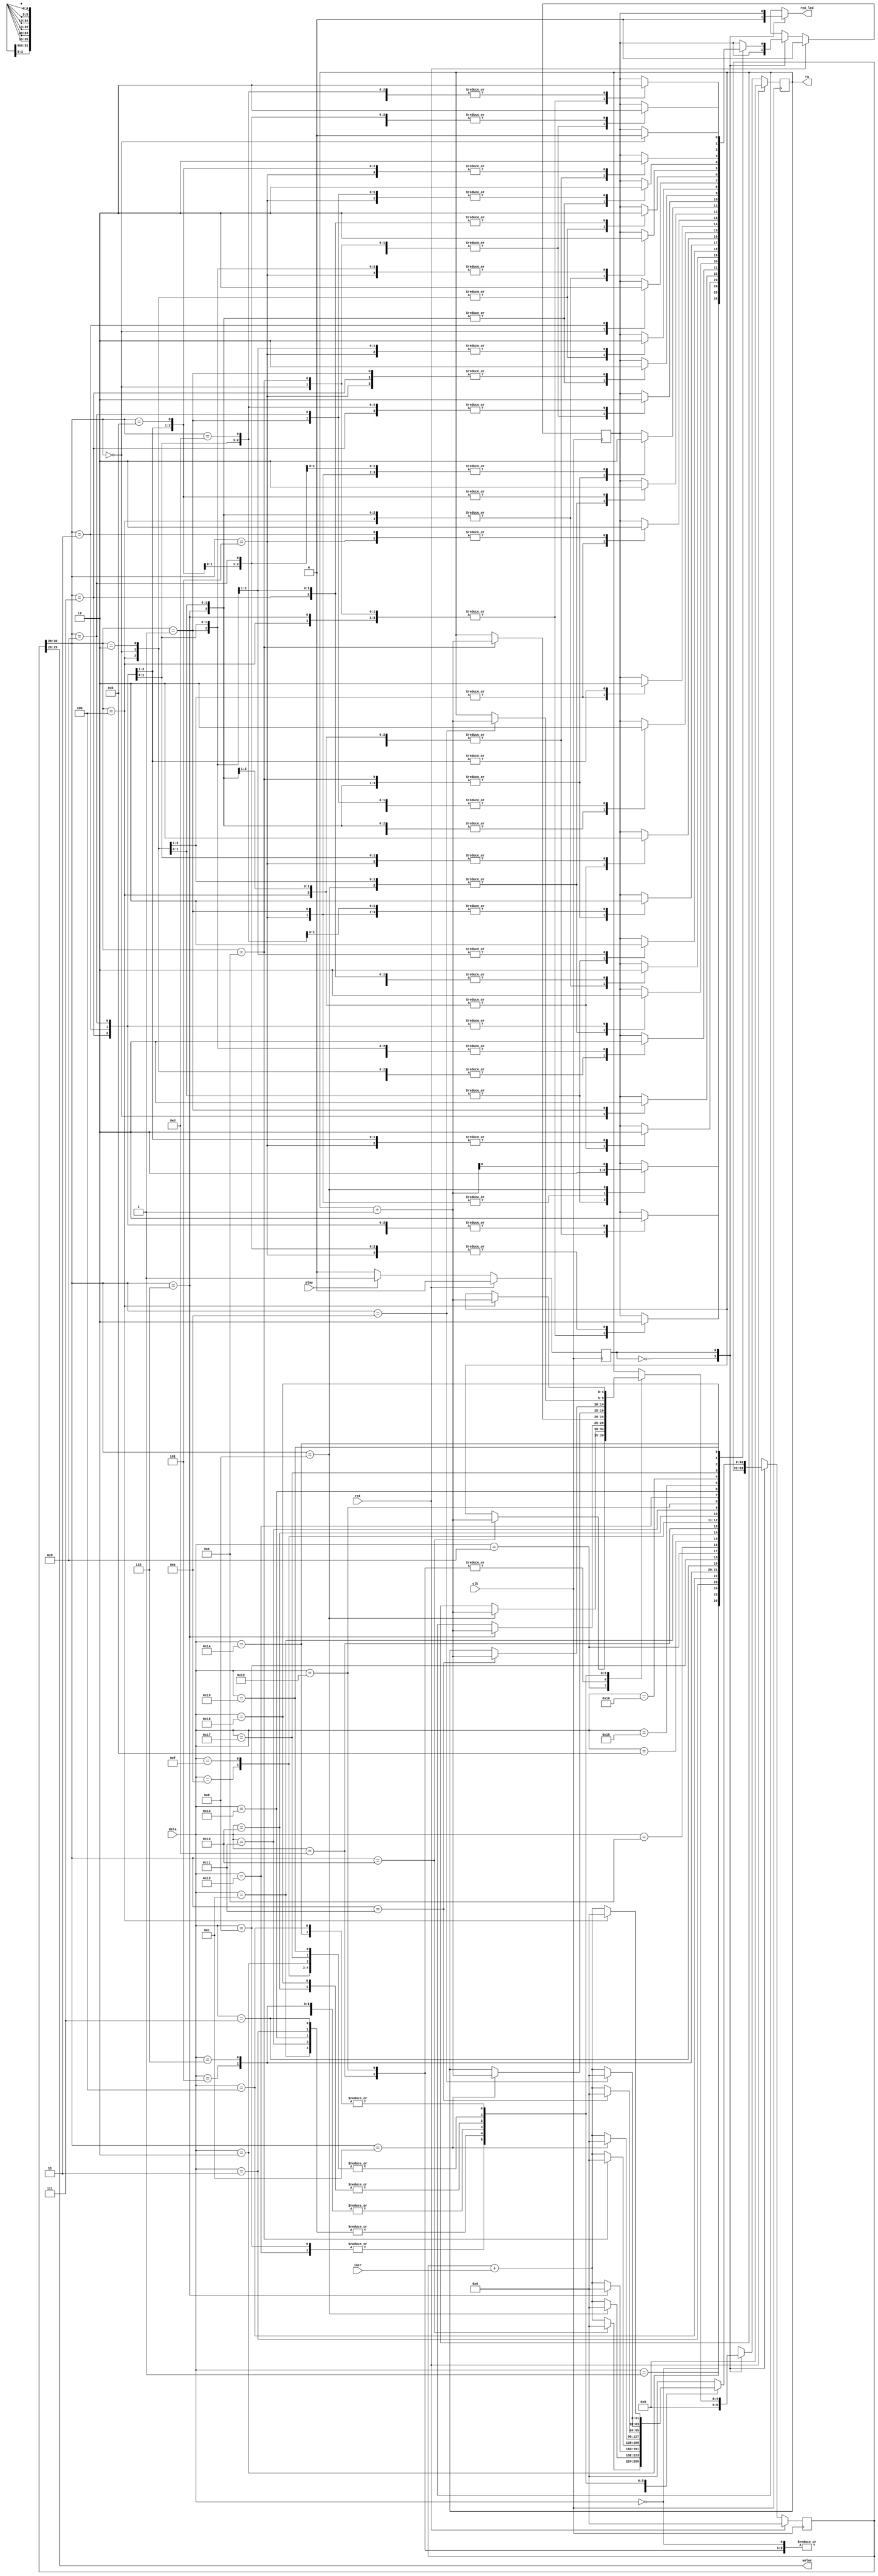
/*
   This file was generated automatically by the Mojo IDE version B1.3.6.
   Do not edit this file directly. Instead edit the original Lucid source.
   This is a temporary file and any changes made to it will be destroyed.
*/

module displaymorse_5 (
    input [4:0] data,
    input [0:0] play,
    input clk,
    input rst,
    input [25:0] incr,
    output reg red_led,
    output reg [4:0] ra,
    output reg [3:0] value
  );
  
  
  
  reg [31:0] M_tmr_d, M_tmr_q = 1'h0;
  reg [4:0] M_read_d, M_read_q = 1'h0;
  reg M_signal_d, M_signal_q = 1'h0;
  localparam IDLE_state = 1'd0;
  localparam PLAY_state = 1'd1;
  
  reg M_state_d, M_state_q = IDLE_state;
  
  always @* begin
    M_state_d = M_state_q;
    M_tmr_d = M_tmr_q;
    M_read_d = M_read_q;
    M_signal_d = M_signal_q;
    
    ra = M_read_q;
    red_led = M_signal_q;
    value = M_tmr_q[26+3-:4];
    
    case (M_state_q)
      IDLE_state: begin
        red_led = 1'h0;
        M_read_d = 1'h0;
        if (play == 1'h1) begin
          M_state_d = PLAY_state;
        end
      end
      PLAY_state: begin
        M_tmr_d = M_tmr_q + incr;
        if (play == 1'h0) begin
          M_state_d = IDLE_state;
        end
        
        case (data)
          5'h00: begin
            
            case (M_tmr_q[26+4-:5])
              4'h0: begin
                M_signal_d = 1'h1;
              end
              4'h1: begin
                M_signal_d = 1'h0;
              end
              4'h2: begin
                M_signal_d = 1'h1;
              end
              4'h5: begin
                M_signal_d = 1'h0;
              end
              4'h8: begin
                M_signal_d = M_read_q + 1'h1;
                M_tmr_d = 1'h0;
              end
            endcase
          end
          5'h01: begin
            
            case (M_tmr_q[26+4-:5])
              4'h0: begin
                M_signal_d = 1'h1;
              end
              4'h3: begin
                M_signal_d = 1'h0;
              end
              4'h4: begin
                M_signal_d = 1'h1;
              end
              4'h5: begin
                M_signal_d = 1'h0;
              end
              4'h6: begin
                M_signal_d = 1'h1;
              end
              4'h7: begin
                M_signal_d = 1'h0;
              end
              4'h8: begin
                M_signal_d = 1'h1;
              end
              4'h9: begin
                M_signal_d = 1'h0;
              end
              4'hc: begin
                M_read_d = M_read_q + 1'h1;
                M_tmr_d = 1'h0;
              end
            endcase
          end
          5'h02: begin
            
            case (M_tmr_q[26+4-:5])
              4'h0: begin
                M_signal_d = 1'h1;
              end
              4'h3: begin
                M_signal_d = 1'h0;
              end
              4'h4: begin
                M_signal_d = 1'h1;
              end
              4'h5: begin
                M_signal_d = 1'h0;
              end
              4'h6: begin
                M_signal_d = 1'h1;
              end
              4'h9: begin
                M_signal_d = 1'h0;
              end
              4'ha: begin
                M_signal_d = 1'h1;
              end
              4'hb: begin
                M_signal_d = 1'h0;
              end
              4'he: begin
                M_read_d = M_read_q + 1'h1;
                M_tmr_d = 1'h0;
              end
            endcase
          end
          5'h03: begin
            
            case (M_tmr_q[26+4-:5])
              4'h0: begin
                M_signal_d = 1'h1;
              end
              4'h3: begin
                M_signal_d = 1'h0;
              end
              4'h4: begin
                M_signal_d = 1'h1;
              end
              4'h5: begin
                M_signal_d = 1'h0;
              end
              4'h6: begin
                M_signal_d = 1'h1;
              end
              4'h7: begin
                M_signal_d = 1'h0;
              end
              4'ha: begin
                M_read_d = M_read_q + 1'h1;
                M_tmr_d = 1'h0;
              end
            endcase
          end
          5'h04: begin
            
            case (M_tmr_q[26+4-:5])
              4'h0: begin
                M_signal_d = 1'h1;
              end
              4'h1: begin
                M_signal_d = 1'h0;
              end
              4'h4: begin
                M_read_d = M_read_q + 1'h1;
                M_tmr_d = 1'h0;
              end
            endcase
          end
          5'h05: begin
            
            case (M_tmr_q[26+4-:5])
              4'h0: begin
                M_signal_d = 1'h1;
              end
              4'h1: begin
                M_signal_d = 1'h0;
              end
              4'h2: begin
                M_signal_d = 1'h1;
              end
              4'h3: begin
                M_signal_d = 1'h0;
              end
              4'h4: begin
                M_signal_d = 1'h1;
              end
              4'h7: begin
                M_signal_d = 1'h0;
              end
              4'h8: begin
                M_signal_d = 1'h1;
              end
              4'h9: begin
                M_signal_d = 1'h0;
              end
              4'hc: begin
                M_read_d = M_read_q + 1'h1;
                M_tmr_d = 1'h0;
              end
            endcase
          end
          5'h06: begin
            
            case (M_tmr_q[26+4-:5])
              4'h0: begin
                M_signal_d = 1'h1;
              end
              4'h3: begin
                M_signal_d = 1'h0;
              end
              4'h4: begin
                M_signal_d = 1'h1;
              end
              4'h7: begin
                M_signal_d = 1'h0;
              end
              4'h8: begin
                M_signal_d = 1'h1;
              end
              4'h9: begin
                M_signal_d = 1'h0;
              end
              4'hc: begin
                M_read_d = M_read_q + 1'h1;
                M_tmr_d = 1'h0;
              end
            endcase
          end
          5'h07: begin
            
            case (M_tmr_q[26+4-:5])
              4'h0: begin
                M_signal_d = 1'h1;
              end
              4'h1: begin
                M_signal_d = 1'h0;
              end
              4'h2: begin
                M_signal_d = 1'h1;
              end
              4'h3: begin
                M_signal_d = 1'h0;
              end
              4'h4: begin
                M_signal_d = 1'h1;
              end
              4'h5: begin
                M_signal_d = 1'h0;
              end
              4'h6: begin
                M_signal_d = 1'h1;
              end
              4'h7: begin
                M_signal_d = 1'h0;
              end
              4'ha: begin
                M_read_d = M_read_q + 1'h1;
                M_tmr_d = 1'h0;
              end
            endcase
          end
          5'h08: begin
            
            case (M_tmr_q[26+4-:5])
              4'h0: begin
                M_signal_d = 1'h1;
              end
              4'h1: begin
                M_signal_d = 1'h0;
              end
              4'h2: begin
                M_signal_d = 1'h1;
              end
              4'h3: begin
                M_signal_d = 1'h0;
              end
              4'h6: begin
                M_read_d = M_read_q + 1'h1;
                M_tmr_d = 1'h0;
              end
            endcase
          end
          5'h09: begin
            
            case (M_tmr_q[26+4-:5])
              5'h00: begin
                M_signal_d = 1'h1;
              end
              5'h01: begin
                M_signal_d = 1'h0;
              end
              5'h02: begin
                M_signal_d = 1'h1;
              end
              5'h05: begin
                M_signal_d = 1'h0;
              end
              5'h06: begin
                M_signal_d = 1'h1;
              end
              5'h09: begin
                M_signal_d = 1'h0;
              end
              5'h0a: begin
                M_signal_d = 1'h1;
              end
              5'h0d: begin
                M_signal_d = 1'h0;
              end
              5'h10: begin
                M_read_d = M_read_q + 1'h1;
                M_tmr_d = 1'h0;
              end
            endcase
          end
          5'h0a: begin
            
            case (M_tmr_q[26+4-:5])
              4'h0: begin
                M_signal_d = 1'h1;
              end
              4'h3: begin
                M_signal_d = 1'h0;
              end
              4'h4: begin
                M_signal_d = 1'h1;
              end
              4'h5: begin
                M_signal_d = 1'h0;
              end
              4'h6: begin
                M_signal_d = 1'h1;
              end
              4'h9: begin
                M_signal_d = 1'h0;
              end
              4'hc: begin
                M_read_d = M_read_q + 1'h1;
                M_tmr_d = 1'h0;
              end
            endcase
          end
          5'h0b: begin
            
            case (M_tmr_q[26+4-:5])
              4'h0: begin
                M_signal_d = 1'h1;
              end
              4'h1: begin
                M_signal_d = 1'h0;
              end
              4'h2: begin
                M_signal_d = 1'h1;
              end
              4'h5: begin
                M_signal_d = 1'h0;
              end
              4'h6: begin
                M_signal_d = 1'h1;
              end
              4'h7: begin
                M_signal_d = 1'h0;
              end
              4'h8: begin
                M_signal_d = 1'h1;
              end
              4'h9: begin
                M_signal_d = 1'h0;
              end
              4'hc: begin
                M_read_d = M_read_q + 1'h1;
                M_tmr_d = 1'h0;
              end
            endcase
          end
          5'h0c: begin
            
            case (M_tmr_q[26+4-:5])
              4'h0: begin
                M_signal_d = 1'h1;
              end
              4'h3: begin
                M_signal_d = 1'h0;
              end
              4'h4: begin
                M_signal_d = 1'h1;
              end
              4'h7: begin
                M_signal_d = 1'h0;
              end
              4'ha: begin
                M_read_d = M_read_q + 1'h1;
                M_tmr_d = 1'h0;
              end
            endcase
          end
          5'h0d: begin
            
            case (M_tmr_q[26+4-:5])
              5'h00: begin
                M_signal_d = 1'h1;
              end
              5'h03: begin
                M_signal_d = 1'h0;
              end
              5'h04: begin
                M_signal_d = 1'h1;
              end
              5'h05: begin
                M_signal_d = 1'h0;
              end
              5'h08: begin
                M_read_d = M_read_q + 1'h1;
                M_tmr_d = 1'h0;
              end
            endcase
          end
          5'h0e: begin
            
            case (M_tmr_q[26+4-:5])
              5'h00: begin
                M_signal_d = 1'h1;
              end
              5'h03: begin
                M_signal_d = 1'h0;
              end
              5'h04: begin
                M_signal_d = 1'h1;
              end
              5'h07: begin
                M_signal_d = 1'h0;
              end
              5'h08: begin
                M_signal_d = 1'h1;
              end
              5'h0b: begin
                M_signal_d = 1'h0;
              end
              5'h0e: begin
                M_read_d = M_read_q + 1'h1;
                M_tmr_d = 1'h0;
              end
            endcase
          end
          5'h0f: begin
            
            case (M_tmr_q[26+4-:5])
              5'h00: begin
                M_signal_d = 1'h1;
              end
              5'h01: begin
                M_signal_d = 1'h0;
              end
              5'h02: begin
                M_signal_d = 1'h1;
              end
              5'h05: begin
                M_signal_d = 1'h0;
              end
              5'h06: begin
                M_signal_d = 1'h1;
              end
              5'h09: begin
                M_signal_d = 1'h0;
              end
              5'h0a: begin
                M_signal_d = 1'h1;
              end
              5'h0b: begin
                M_signal_d = 1'h0;
              end
              5'h0e: begin
                M_read_d = M_read_q + 1'h1;
                M_tmr_d = 1'h0;
              end
            endcase
          end
          5'h10: begin
            
            case (M_tmr_q[26+4-:5])
              5'h00: begin
                M_signal_d = 1'h1;
              end
              5'h03: begin
                M_signal_d = 1'h0;
              end
              5'h04: begin
                M_signal_d = 1'h1;
              end
              5'h07: begin
                M_signal_d = 1'h0;
              end
              5'h08: begin
                M_signal_d = 1'h1;
              end
              5'h09: begin
                M_signal_d = 1'h0;
              end
              5'h0a: begin
                M_signal_d = 1'h1;
              end
              5'h0d: begin
                M_signal_d = 1'h0;
              end
              5'h11: begin
                M_read_d = M_read_q + 1'h1;
                M_tmr_d = 1'h0;
              end
            endcase
          end
          5'h11: begin
            
            case (M_tmr_q[26+4-:5])
              5'h00: begin
                M_signal_d = 1'h1;
              end
              5'h01: begin
                M_signal_d = 1'h0;
              end
              5'h02: begin
                M_signal_d = 1'h1;
              end
              5'h05: begin
                M_signal_d = 1'h0;
              end
              5'h06: begin
                M_signal_d = 1'h1;
              end
              5'h07: begin
                M_signal_d = 1'h0;
              end
              5'h0a: begin
                M_read_d = M_read_q + 1'h1;
                M_tmr_d = 1'h0;
              end
            endcase
          end
          5'h12: begin
            
            case (M_tmr_q[26+4-:5])
              5'h00: begin
                M_signal_d = 1'h1;
              end
              5'h01: begin
                M_signal_d = 1'h0;
              end
              5'h02: begin
                M_signal_d = 1'h1;
              end
              5'h03: begin
                M_signal_d = 1'h0;
              end
              5'h04: begin
                M_signal_d = 1'h1;
              end
              5'h05: begin
                M_signal_d = 1'h0;
              end
              5'h08: begin
                M_read_d = M_read_q + 1'h1;
                M_tmr_d = 1'h0;
              end
            endcase
          end
          5'h13: begin
            
            case (M_tmr_q[26+4-:5])
              5'h00: begin
                M_signal_d = 1'h1;
              end
              5'h03: begin
                M_signal_d = 1'h0;
              end
              5'h06: begin
                M_read_d = M_read_q + 1'h1;
                M_tmr_d = 1'h0;
              end
            endcase
          end
          5'h14: begin
            
            case (M_tmr_q[26+4-:5])
              5'h00: begin
                M_signal_d = 1'h1;
              end
              5'h01: begin
                M_signal_d = 1'h0;
              end
              5'h02: begin
                M_signal_d = 1'h1;
              end
              5'h03: begin
                M_signal_d = 1'h0;
              end
              5'h04: begin
                M_signal_d = 1'h1;
              end
              5'h07: begin
                M_signal_d = 1'h0;
              end
              5'h0a: begin
                M_read_d = M_read_q + 1'h1;
                M_tmr_d = 1'h0;
              end
            endcase
          end
          5'h15: begin
            
            case (M_tmr_q[26+4-:5])
              5'h00: begin
                M_signal_d = 1'h1;
              end
              5'h01: begin
                M_signal_d = 1'h0;
              end
              5'h02: begin
                M_signal_d = 1'h1;
              end
              5'h03: begin
                M_signal_d = 1'h0;
              end
              5'h04: begin
                M_signal_d = 1'h1;
              end
              5'h05: begin
                M_signal_d = 1'h0;
              end
              5'h06: begin
                M_signal_d = 1'h1;
              end
              5'h09: begin
                M_signal_d = 1'h0;
              end
              5'h0c: begin
                M_read_d = M_read_q + 1'h1;
                M_tmr_d = 1'h0;
              end
            endcase
          end
          5'h16: begin
            
            case (M_tmr_q[26+4-:5])
              5'h00: begin
                M_signal_d = 1'h1;
              end
              5'h01: begin
                M_signal_d = 1'h0;
              end
              5'h02: begin
                M_signal_d = 1'h1;
              end
              5'h05: begin
                M_signal_d = 1'h0;
              end
              5'h06: begin
                M_signal_d = 1'h1;
              end
              5'h09: begin
                M_signal_d = 1'h0;
              end
              5'h0c: begin
                M_read_d = M_read_q + 1'h1;
                M_tmr_d = 1'h0;
              end
            endcase
          end
          5'h17: begin
            
            case (M_tmr_q[26+4-:5])
              5'h00: begin
                M_signal_d = 1'h1;
              end
              5'h03: begin
                M_signal_d = 1'h0;
              end
              5'h04: begin
                M_signal_d = 1'h1;
              end
              5'h05: begin
                M_signal_d = 1'h0;
              end
              5'h06: begin
                M_signal_d = 1'h1;
              end
              5'h07: begin
                M_signal_d = 1'h0;
              end
              5'h08: begin
                M_signal_d = 1'h1;
              end
              5'h0b: begin
                M_signal_d = 1'h0;
              end
              5'h0e: begin
                M_read_d = M_read_q + 1'h1;
                M_tmr_d = 1'h0;
              end
            endcase
          end
          5'h18: begin
            
            case (M_tmr_q[26+4-:5])
              5'h00: begin
                M_signal_d = 1'h1;
              end
              5'h03: begin
                M_signal_d = 1'h0;
              end
              5'h04: begin
                M_signal_d = 1'h1;
              end
              5'h05: begin
                M_signal_d = 1'h0;
              end
              5'h06: begin
                M_signal_d = 1'h1;
              end
              5'h09: begin
                M_signal_d = 1'h0;
              end
              5'h0a: begin
                M_signal_d = 1'h1;
              end
              5'h0d: begin
                M_signal_d = 1'h0;
              end
              5'h11: begin
                M_read_d = M_read_q + 1'h1;
                M_tmr_d = 1'h0;
              end
            endcase
          end
          5'h19: begin
            
            case (M_tmr_q[26+4-:5])
              5'h00: begin
                M_signal_d = 1'h1;
              end
              5'h03: begin
                M_signal_d = 1'h0;
              end
              5'h04: begin
                M_signal_d = 1'h1;
              end
              5'h07: begin
                M_signal_d = 1'h0;
              end
              5'h08: begin
                M_signal_d = 1'h1;
              end
              5'h09: begin
                M_signal_d = 1'h0;
              end
              5'h0a: begin
                M_signal_d = 1'h1;
              end
              5'h0b: begin
                M_signal_d = 1'h0;
              end
              5'h0e: begin
                M_read_d = M_read_q + 1'h1;
                M_tmr_d = 1'h0;
              end
            endcase
          end
          5'h1a: begin
            
            case (M_tmr_q[26+4-:5])
              5'h00: begin
                M_signal_d = 1'h0;
              end
              5'h04: begin
                M_read_d = M_read_q + 1'h1;
                M_tmr_d = 1'h0;
              end
            endcase
          end
          default: begin
            M_tmr_d = 1'h0;
          end
        endcase
      end
    endcase
  end
  
  always @(posedge clk) begin
    if (rst == 1'b1) begin
      M_tmr_q <= 1'h0;
      M_read_q <= 1'h0;
      M_signal_q <= 1'h0;
      M_state_q <= 1'h0;
    end else begin
      M_tmr_q <= M_tmr_d;
      M_read_q <= M_read_d;
      M_signal_q <= M_signal_d;
      M_state_q <= M_state_d;
    end
  end
  
endmodule